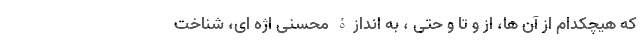
که هیچکدام از آن ها، از و تا و حتی ، به اندازۀ محسنی اژه ای، شناخت